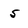
Character: 5